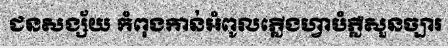
ជនសង្ស័យ កំពុងកាន់អំពូលភ្លើងហ្វាបំភ្លឺសួនច្បារ